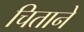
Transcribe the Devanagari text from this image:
चिताने